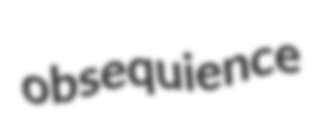
obsequience